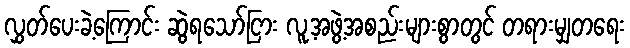
လွှတ်ပေးခဲ့ကြောင်း ဆွဲရသော်ငြား လူ့အဖွဲ့အစည်းများစွာတွင် တရားမျှတရေး